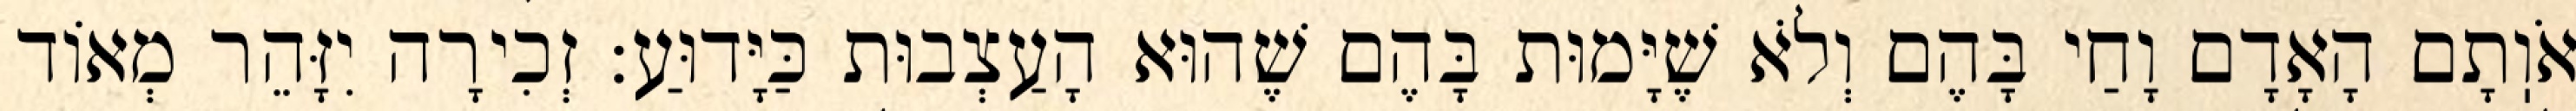
אֹוֽתָם הָאָדָם וָחַי בָּהֶם וְלֹא שֶׁיָּמוּת בָּהֶם שֶׁהוּא הָעַצְבוּת כַּיָּדוּעַ: זְכִירָה יִזָּהֵר מְאוֹד